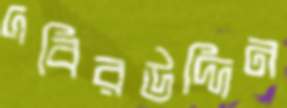
দবিরউদ্দিন